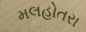
મલહોતરા